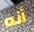
أنه